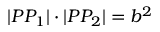
| P P _ { 1 } | \cdot | P P _ { 2 } | = b ^ { 2 }